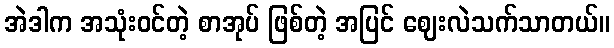
အဲဒါက အသုံးဝင်တဲ့ စာအုပ် ဖြစ်တဲ့ အပြင် ဈေးလဲသက်သာတယ်။